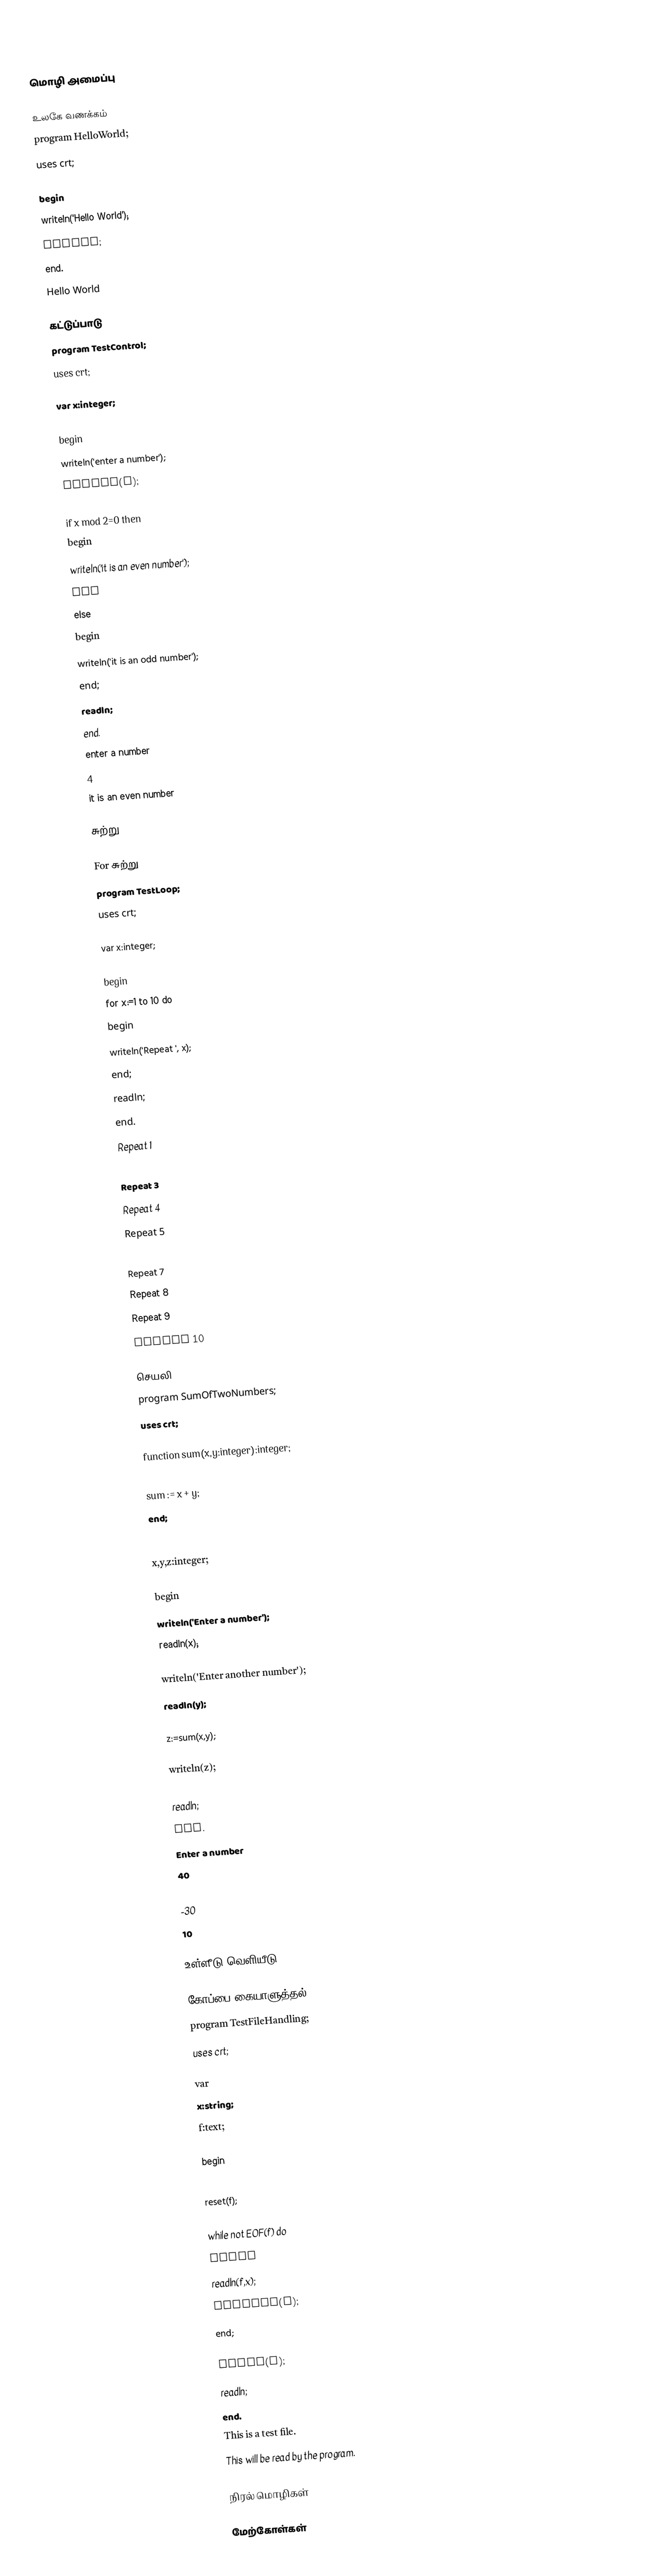

மொழி அமைப்பு

உலகே வணக்கம்
program HelloWorld;
uses crt;

begin
     writeln('Hello World');
     readln;
end.
Hello World

கட்டுப்பாடு
program TestControl;
uses crt;

var x:integer;

begin
    writeln('enter a number');
    readln(x);

    if x mod 2=0 then
        begin
             writeln('it is an even number');
        end
    else
        begin
             writeln('it is an odd number');
        end;
    readln;
end.
enter a number
4
it is an even number

சுற்று

For சுற்று
program TestLoop;
uses crt;

var x:integer;

begin
    for x:=1 to 10 do
    begin
         writeln('Repeat ', x);
    end;
    readln;
end.
Repeat 1
Repeat 2
Repeat 3
Repeat 4
Repeat 5
Repeat 6
Repeat 7
Repeat 8
Repeat 9
Repeat 10

செயலி
program SumOfTwoNumbers;
uses crt;

function sum(x,y:integer):integer;
         begin
              sum := x + y;
         end;

var
x,y,z:integer;

begin
     writeln('Enter a number');
     readln(x);

     writeln('Enter another number');
     readln(y);

     z:=sum(x,y);

     writeln(z);

     readln;
end.
Enter a number
40
Enter another number
-30
10

உள்ளீடு/வெளியீடு

கோப்பை கையாளுத்தல்
program TestFileHandling;
uses crt;

var
x:string;
f:text;

begin
     assign(f,'Example.txt');
     reset(f);

     while not EOF(f) do
     begin
          readln(f,x);
          writeln(x);
     end;

     close(f);
     readln;
end.
This is a test file.
This will be read by the program.

நிரல் மொழிகள்

மேற்கோள்கள்